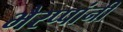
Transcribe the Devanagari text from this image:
भैरप्पांनी